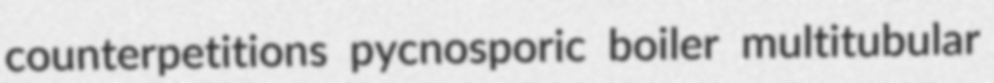
counterpetitions pycnosporic boiler multitubular